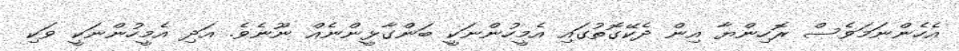
އެހެންނަމަވެސް ރޮހިންޔާ އިން ދެކޭގޮތުގައި އެމީހުންނަކީ ބަންގާޅީންނެއް ނޫނެވެ. އަދި އެމީހުންނަކީ ވަކި